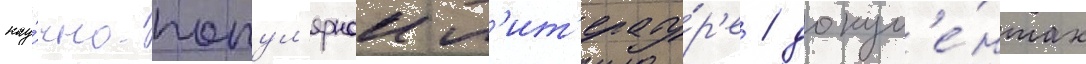
нау́чно-попул'ярнои л'ит'ерату́р'е / докум'е́нтах